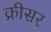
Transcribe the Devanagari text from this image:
क्रीसर